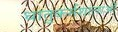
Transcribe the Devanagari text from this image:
धातुकर्मशालाओं